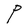
Character: P